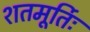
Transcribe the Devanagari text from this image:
शतमूर्तिः